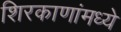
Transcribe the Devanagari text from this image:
शिरकाणांमध्ये